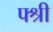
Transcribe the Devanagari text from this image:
फ्श्री